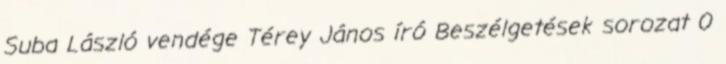
Suba László vendége Térey János író Beszélgetések sorozat 0